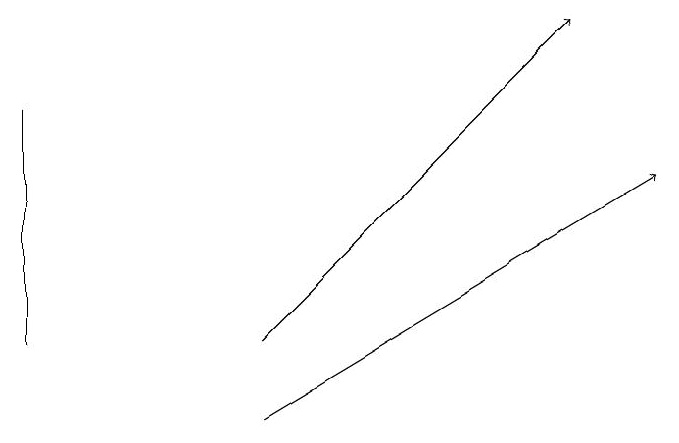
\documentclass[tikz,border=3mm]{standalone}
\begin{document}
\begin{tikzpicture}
\draw[->] (3,12) -- (7,16);
\draw (0,12) rectangle (0,15);
\draw[->] (3,11) -- (8,14);
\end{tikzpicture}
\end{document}